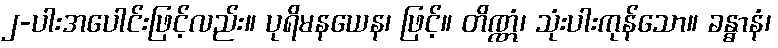
၂-ပါးအပေါင်းဖြင့်လည်း။ ပုရိမနယေန၊ ဖြင့်။ တိဏ္ဏံ၊ သုံးပါးကုန်သော။ ခန္ဓာနံ၊